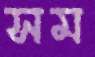
সম